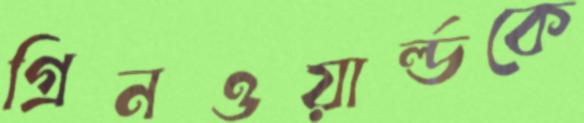
গ্রিনওয়ার্ল্ডকে